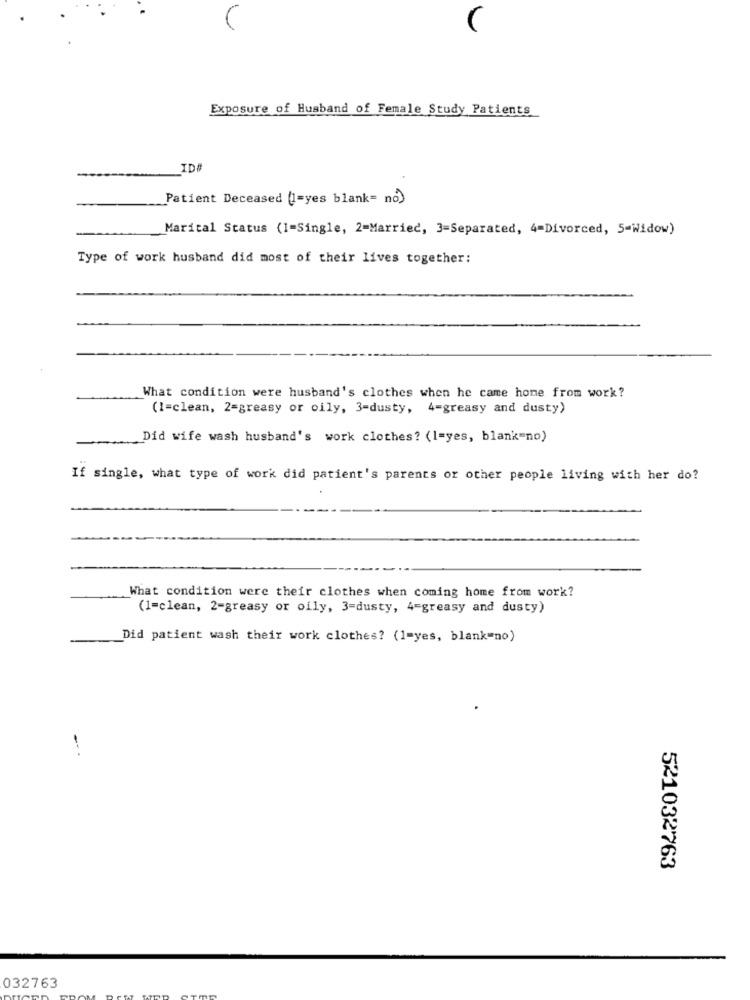
Exposure of Husband of Female Study Patients
ID#
Patient Deceased (1=yes blank= no)
Marital Status (I=Single, 2-Married, 3=Separated, 4=Divorced, 5-Widow)
Type of work husband did most of their lives together:
What condition were husband's clothes when he came home from work?
(1=clean, 2=greasy or oily, 3-dusty, 4=greasy and dusty)
-
Did wife wash husband's work clothes? (1=yes, blank"no)
If single, what type of work did patient's parents or other people living with her do?
What condition were their clothes when coming home from work?
(1=clean, 2-greasy or oily, 3=dusty, 4=greasy and dusty)
Did patient wash their work clothes? (1=yes, blank"no)
-
521032763
032763